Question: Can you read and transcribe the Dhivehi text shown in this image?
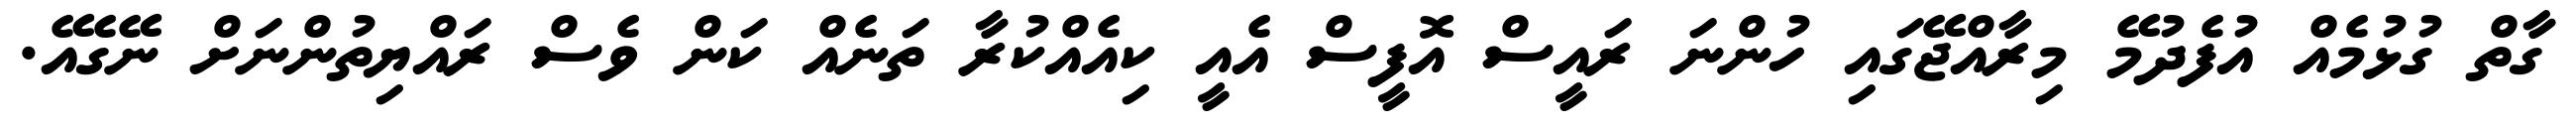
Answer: ގާތް ގުޅުމެއް އުފެދުމޭ މިރާއްޖޭގައި ހުންނަ ރައީސް އޮފީސް އެއީ ކިއެއްކުރާ ތަނެއް ކަން ވެސް ރައްޔިތުންނަށް ނޭގެއޭ.